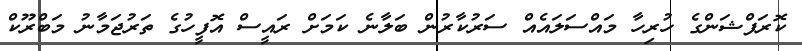
ކޮރަފްޝަންގެ ހުރިހާ މައްސަލައެއް ސަރުކާރުން ބަލާނެ ކަމަށް ރައީސް އޮފީހުގެ ތަރުޖަމާނު މަބްރޫކް